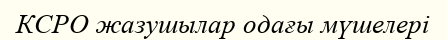
КСРО жазушылар одағы мүшелері